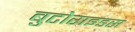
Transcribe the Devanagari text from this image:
बुटोराइडस